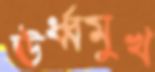
ঊর্ধ্বমুখ